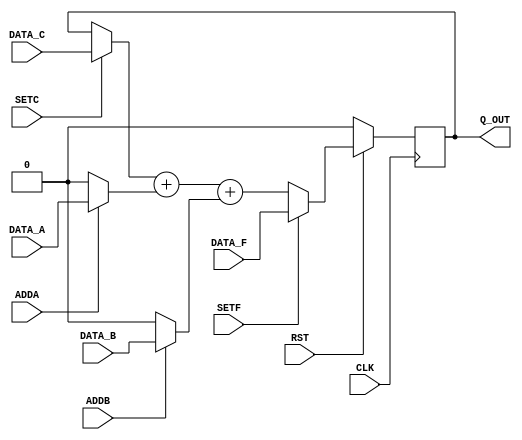

`ifdef BSV_ASSIGNMENT_DELAY
`else
  `define BSV_ASSIGNMENT_DELAY
`endif

`ifdef BSV_POSITIVE_RESET
  `define BSV_RESET_VALUE 1'b1
  `define BSV_RESET_EDGE posedge
`else
  `define BSV_RESET_VALUE 1'b0
  `define BSV_RESET_EDGE negedge
`endif


`ifdef BSV_ASYNC_RESET
 `define BSV_ARESET_EDGE_META or `BSV_RESET_EDGE RST
`else
 `define BSV_ARESET_EDGE_META
`endif


// N -bit counter with load, set and 2 increment
module Counter(CLK,
               RST,
               Q_OUT,
               DATA_A, ADDA,
               DATA_B, ADDB,
               DATA_C, SETC,
               DATA_F, SETF);

   parameter width = 1;
   parameter init = 0;

   input                 CLK;
   input                 RST;
   input [width - 1 : 0] DATA_A;
   input                 ADDA;
   input [width - 1 : 0] DATA_B;
   input                 ADDB;
   input [width - 1 : 0] DATA_C;
   input                 SETC;
   input [width - 1 : 0] DATA_F;
   input                 SETF;

   output [width - 1 : 0] Q_OUT;



   reg [width - 1 : 0]    q_state ;

   assign                 Q_OUT = q_state ;

   always@(posedge CLK `BSV_ARESET_EDGE_META) begin
    if (RST == `BSV_RESET_VALUE)
      q_state  <= `BSV_ASSIGNMENT_DELAY init;
    else
      begin
         if ( SETF )
           q_state <= `BSV_ASSIGNMENT_DELAY DATA_F ;
         else
           q_state <= `BSV_ASSIGNMENT_DELAY (SETC ? DATA_C : q_state ) + (ADDA ? DATA_A : {width {1'b0}}) + (ADDB ? DATA_B : {width {1'b0}} ) ;
      end // else: !if(RST == `BSV_RESET_VALUE)
   end // always@ (posedge CLK)

`ifdef BSV_NO_INITIAL_BLOCKS
`else // not BSV_NO_INITIAL_BLOCKS
   // synopsys translate_off
   initial begin
      q_state = {((width + 1)/2){2'b10}} ;
   end
   // synopsys translate_on
`endif // BSV_NO_INITIAL_BLOCKS

endmodule